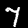
Label: 7